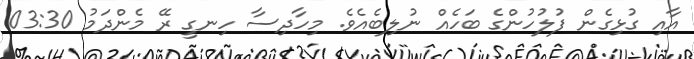
އާއި ގުޅިގެން ފުލުހުންގެ ބަހެއް ނުލިބެއެވެ. މިހާދިސާ ހިނގީ ރޭ މެންދަމު 03:30